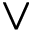
\vee